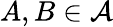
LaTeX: A,B\in{\mathcal{A}}